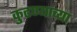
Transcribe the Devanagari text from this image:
कुढण्याच्या